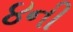
૪ની